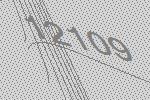
12109